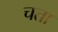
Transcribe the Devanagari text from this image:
चता